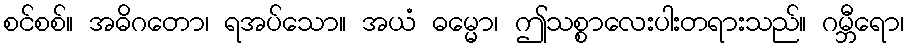
စင်စစ်။ အဓိဂတော၊ ရအပ်သော။ အယံ ဓမ္မော၊ ဤသစ္စာလေးပါးတရားသည်။ ဂမ္ဘီရော၊